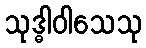
သုဒ္ဓါဝါသေသု